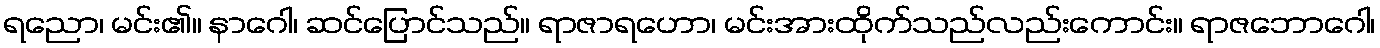
ရညော၊ မင်း၏။ နာဂေါ၊ ဆင်ပြောင်သည်။ ရာဇာရဟော၊ မင်းအားထိုက်သည်လည်းကောင်း။ ရာဇဘောဂေါ၊